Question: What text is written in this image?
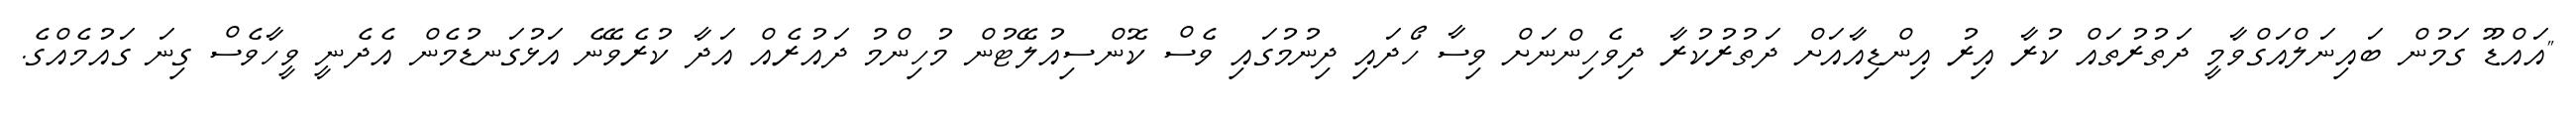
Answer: "އައްޑޫ ގަމުން ބައިނަލްއަގްވާމީ ދަތުރުތައް ކުރާ އިރު އިންޑިއާއަށް ދަތުރުކުރާ ދިވެހިންނަށް ވިސާ ހޯދައި ދިނުމުގައި ވެސް ކޮންސިއުލޭޓުން މުހިންމު ދައުރެއް އަދާ ކުރެވޭނެ އަޅުގަނޑުމެން އެދެނީ ވީހާވެސް ގިނަ ގައުމެއްގެ.